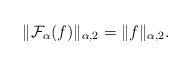
LaTeX: \begin{align*} \|{\mathcal{F}_{\alpha}}(f)\|_{\alpha,2}=\|f\|_{\alpha,2}. \end{align*}